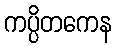
ကပ္ပိတကေန